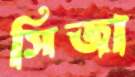
সিজা